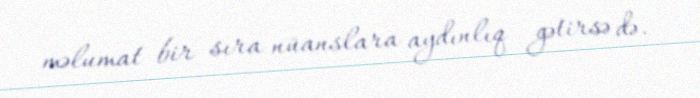
məlumat bir sıra nüanslara aydınlıq gətirsə də.